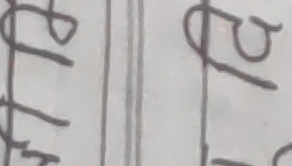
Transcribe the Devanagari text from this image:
१६ ७७
पुन पु